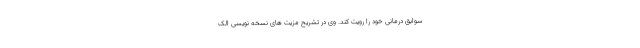
سوابق درمانی خود را رویت کند. وی در تشریح مزیت های نسخه نویسی الک